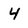
Character: 4